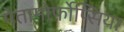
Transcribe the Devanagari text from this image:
मेतामोर्फोप्सिया